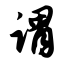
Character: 谓